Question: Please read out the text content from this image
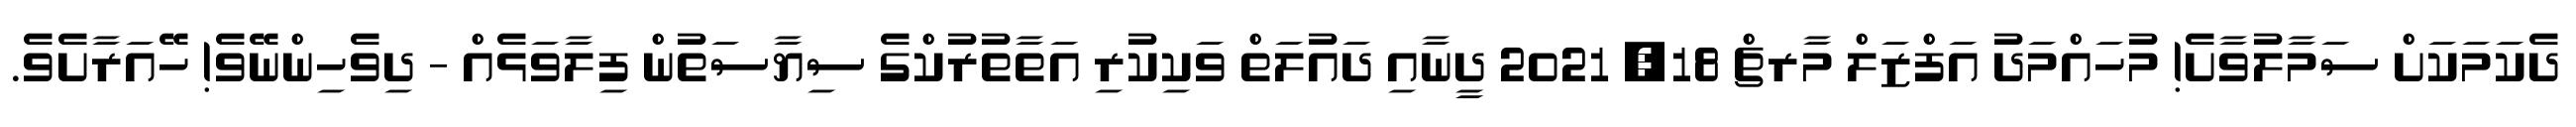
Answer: ދެކަމަކަށް ސަމާލުވާށެ! މުހައްމަދު އަފްޒަލް މާރޗް 18, 2021 ދީނާއި ދައުލަތް ވަކިކުރި އަތާތުރުކްގެ ސިޔާސަތުން ފިލާވަޅެއް - ދިވެހިންނޭވެ! ހޭއަރާށެވެ.